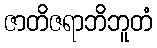
ဇာတိဇရာဘိဘူတံ